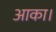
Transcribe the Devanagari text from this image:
आका।